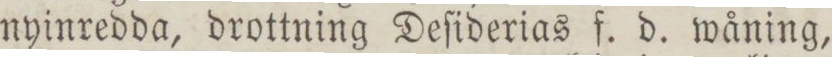
nyinredda, drottning Deſiderias f. d. wåning,